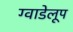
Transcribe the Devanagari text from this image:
ग्वाडेलूप